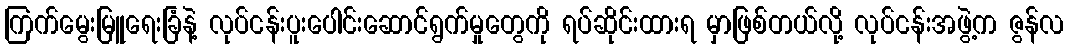
ကြက်မွေးမြူရေးခြံနဲ့ လုပ်ငန်းပူးပေါင်းဆောင်ရွက်မှုတွေကို ရပ်ဆိုင်းထားရ မှာဖြစ်တယ်လို့ လုပ်ငန်းအဖွဲ့က ဇွန်လ